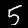
Digit: 5